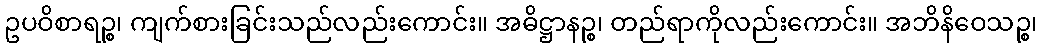
ဥပဝိစာရဉ္စ၊ ကျက်စားခြင်းသည်လည်းကောင်း။ အဓိဋ္ဌာနဉ္စ၊ တည်ရာကိုလည်းကောင်း။ အဘိနိဝေသဉ္စ၊